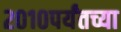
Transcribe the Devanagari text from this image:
२०१०पर्यंतच्या